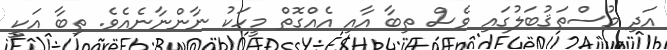
އަދި މުސްތަޤުބަލުގައި ވެސް ތިބާ އާއި އެއްގޮތް މީހަކު ނާންނާނެއެވެ. ތިބާ އަކީ